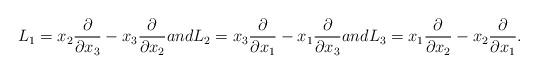
LaTeX: \begin{align*}L_1 = x_2{\partial \over \partial x_3} - x_3 {\partial \over \partial x_2} and L_2 = x_3{\partial \over \partial x_1} - x_1 {\partial \over \partial x_3} and L_3 = x_1{\partial \over \partial x_2} - x_2& {\partial \over \partial x_1}.\\&\end{align*}